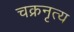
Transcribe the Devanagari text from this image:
चक्रनृत्य